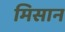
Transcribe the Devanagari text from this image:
मिसान